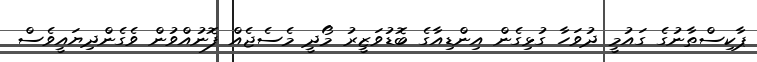
ޕާކިސްތާނުގެ ގައުމީ ދުވަހާ ގުޅިގެން އިންޑިއާގެ ބޮޑުވަޒީރު މޯދީ މެސެޖެއް ފޮނުއްވުން ވެގެންދިޔައީވެސް